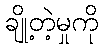
ချို့တဲ့မှုကို